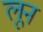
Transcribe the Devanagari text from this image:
लून